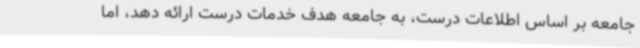
جامعه بر اساس اطلاعات درست، به جامعه هدف خدمات درست ارائه دهد، اما